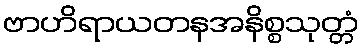
ဗာဟိရာယတနအနိစ္စသုတ္တံ